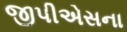
જીપીએસના